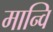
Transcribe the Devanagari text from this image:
मान्वि